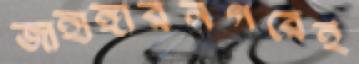
জাহাঙ্গীরনগরেই